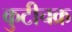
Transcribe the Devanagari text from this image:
कुटीचक्र